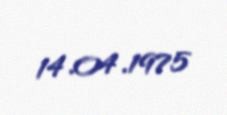
14.04.1975